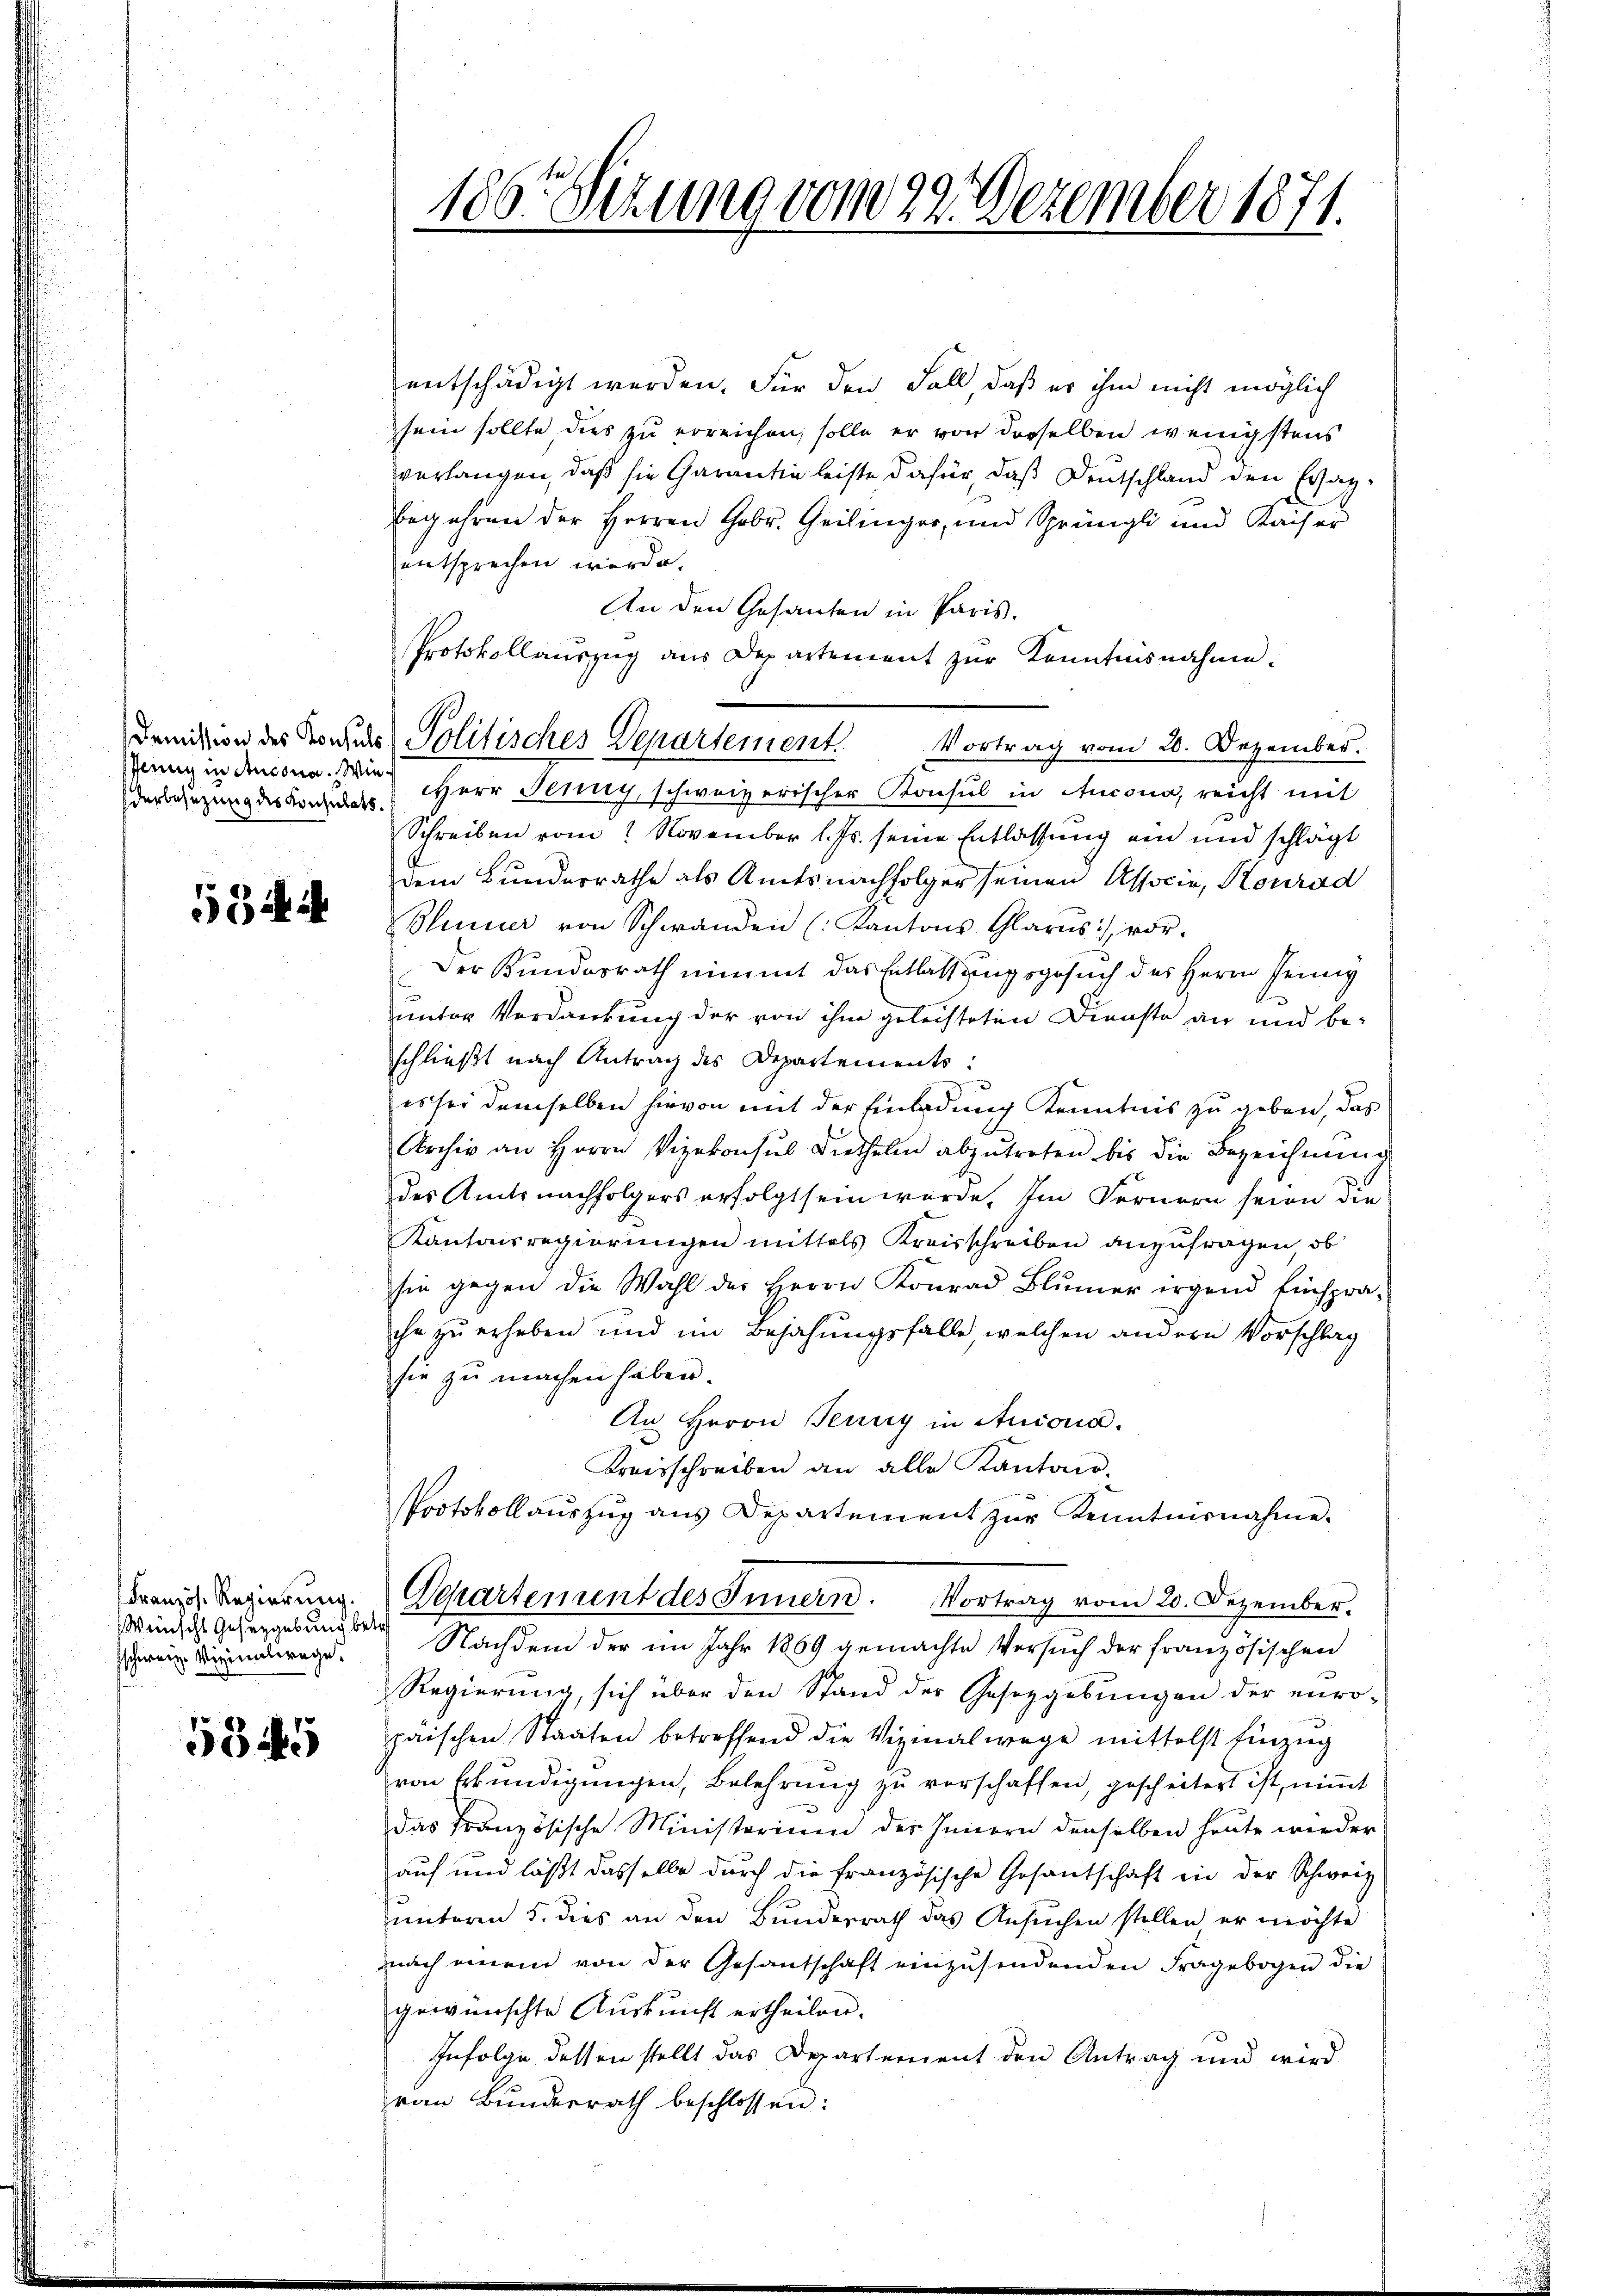
Jenny in Ansona. Wie

534

Französ. Regierung.
Wünscht Gesetzgebung betre
sschweiz. Vizinalwege.

5545

186. Sizung vom 22. Dezember 1871.

entschädigt werden. Für den Fall, daß er ihm nicht möglich
sein sollte dies zu erreichen, solle er von derselben wenigstens
verlangen, daß sie Garantie leiste dafür, daß Deutschland den Ersatbegehren der Herren Gebr. Geilinger, und Sprüngli und Kaiser
entsprechen werde.
An den Gesanten in Paris.
Protokollauszug aus Departement zur Kenntnisnahme.
Vortrag vom 20. Dezember.
derenzung des Sachen HHerr Jenny, schweizerischer Konsul in Ancona, reicht mit
Schreiben vom 2 November l. Js. seine Entlassung ein und schlägt
dem Bundesrathe als Amtsnachfolger seinen Associe, Konrad
Blumer von Schwanden (Kantons Glarus vor-
Der Bundesrath nimmt das Entlassungsgesuch des Herrn Feing
unter Verdankung der von ihm geleisteten Dienste an und be-
schließt nach Antrag des Departements:
3
es sei demselben hievon mit der Einladung Kenntnis zu geben, das
Archiv an Herrn Vizekonsul Diethelm abzŭtreten bis die Bezeichnŭng
des Amtsnachfolgers erfolgt sein würde. Im Fernern seien die
Kantonsregierŭngen mittels Kreisschreiben anzufragen, ob
sie gegen die Wahl der Herrn Konrad Blümer irgend Einsprache zu erheben und im Bejahungsfalle, welchen andern Vorschlag
sie zu machen haben.
An Herrn Jenny in Arcona.
Kreisschreiben an alle Kantons-
Protokollauszug aus Departement zur Kenntnisnahme.
Departement des Innern. Vortrag vom 20. Dezember.
Nachdem der im Jahr 1869 gemachte Versuch der französischen
Regierung, sich über den Stand der Gesetzgebungen der euro-
päischen Staaten betreffend die Vizinalwege mittelst Einzŭg
von Erkŭndigŭngen, Belehrŭng zŭ verschaffen, gescheitet ist niṁt
das französische Ministerium des Innern denselben heute wieder
auf und läßt dasselbe durch die französische Gesantschaft in der Schweiz
unteren 5. dies an den Bunderrath das Ansuchen stellen er möchte
nach einem von der Gesantschaft einzŭsendenden Fragebogen die
gewünschte Auskunft ertheilen.
Infolge dessen stellt das Departement den Antrag und wird
van Bŭndesrath beschlossen:

demission des Konses Politisches Departement.